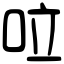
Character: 㕸